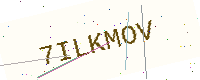
Text: 7ILKMOV